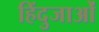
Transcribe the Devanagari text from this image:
हिंदुजाओं